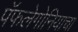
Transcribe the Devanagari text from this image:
पॅफलेगोनियाचा